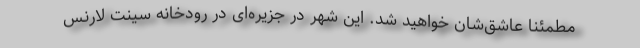
مطمئنا عاشق‌شان خواهید شد. این شهر در جزیره‌ای در رودخانه سینت لارنس